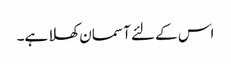
اس کے لئے آسمان کھلا ہے۔